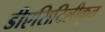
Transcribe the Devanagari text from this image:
डीएसिटिलीकृत